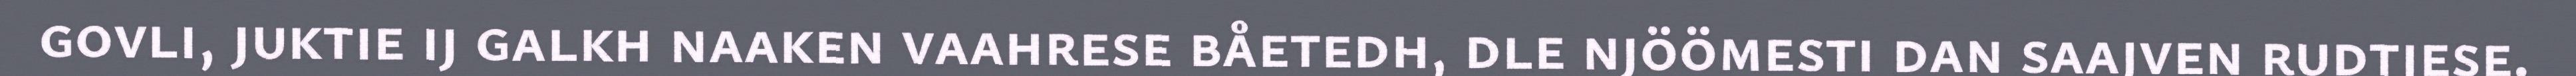
govli, juktie ij galkh naaken vaahrese båetedh, dle njöömesti dan saajven rudtjese.